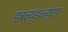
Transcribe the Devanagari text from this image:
डबल्यूडब्ल्यूएफ